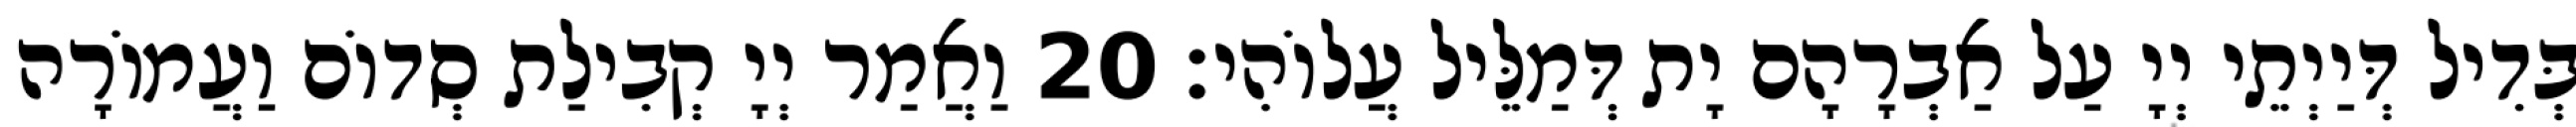
בְּדִיל דְּיַיְתֵי יְיָ עַל אַבְרָהָם יָת דְּמַלֵּיל עֲלוֹהִי׃ 20 וַאֲמַר יְיָ קְבִילַת סְדוֹם וַעֲמוֹרָה